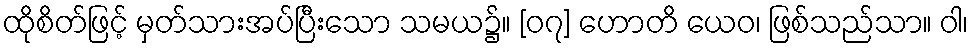
ထိုစိတ်ဖြင့် မှတ်သားအပ်ပြီးသော သမယ၌။ [၀၇] ဟောတိ ယေဝ၊ ဖြစ်သည်သာ။ ဝါ၊